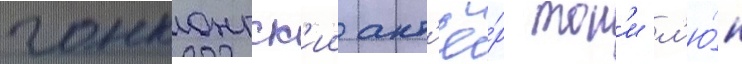
гонконгск'ии акт'ё́р тон'и л'ю́н